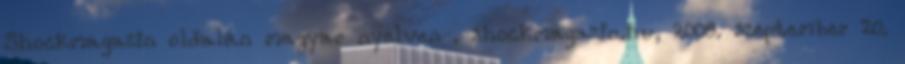
Shockmagazin oldalán magyar nyelven . shockmagazin.hu, 2008. szeptember 20.